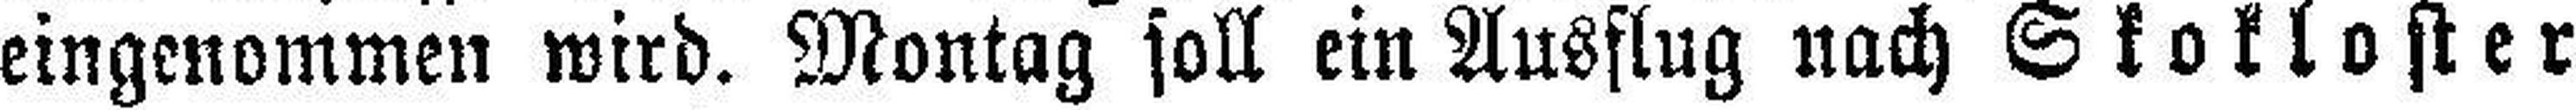
eingenommen wird. Montag soll ein Ausflug nach Skokloster